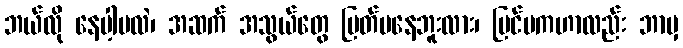
ဘယ်လို နေပါ့မလဲ၊ အဆက် အသွယ်တွေ ပြတ်မနေဘူးလား၊ ပြင်ပကဟာလည်း ဘာမှ